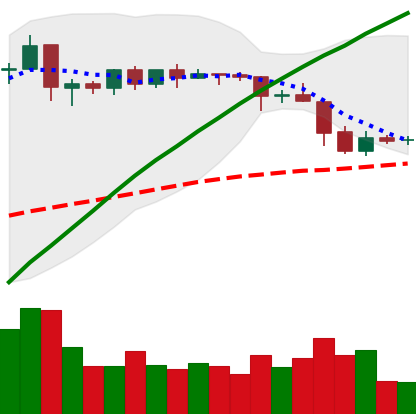
Ticker: EOS-USD
Chart end date: 2019-04-28
Forward return: 7.747%
Label: up_7plus